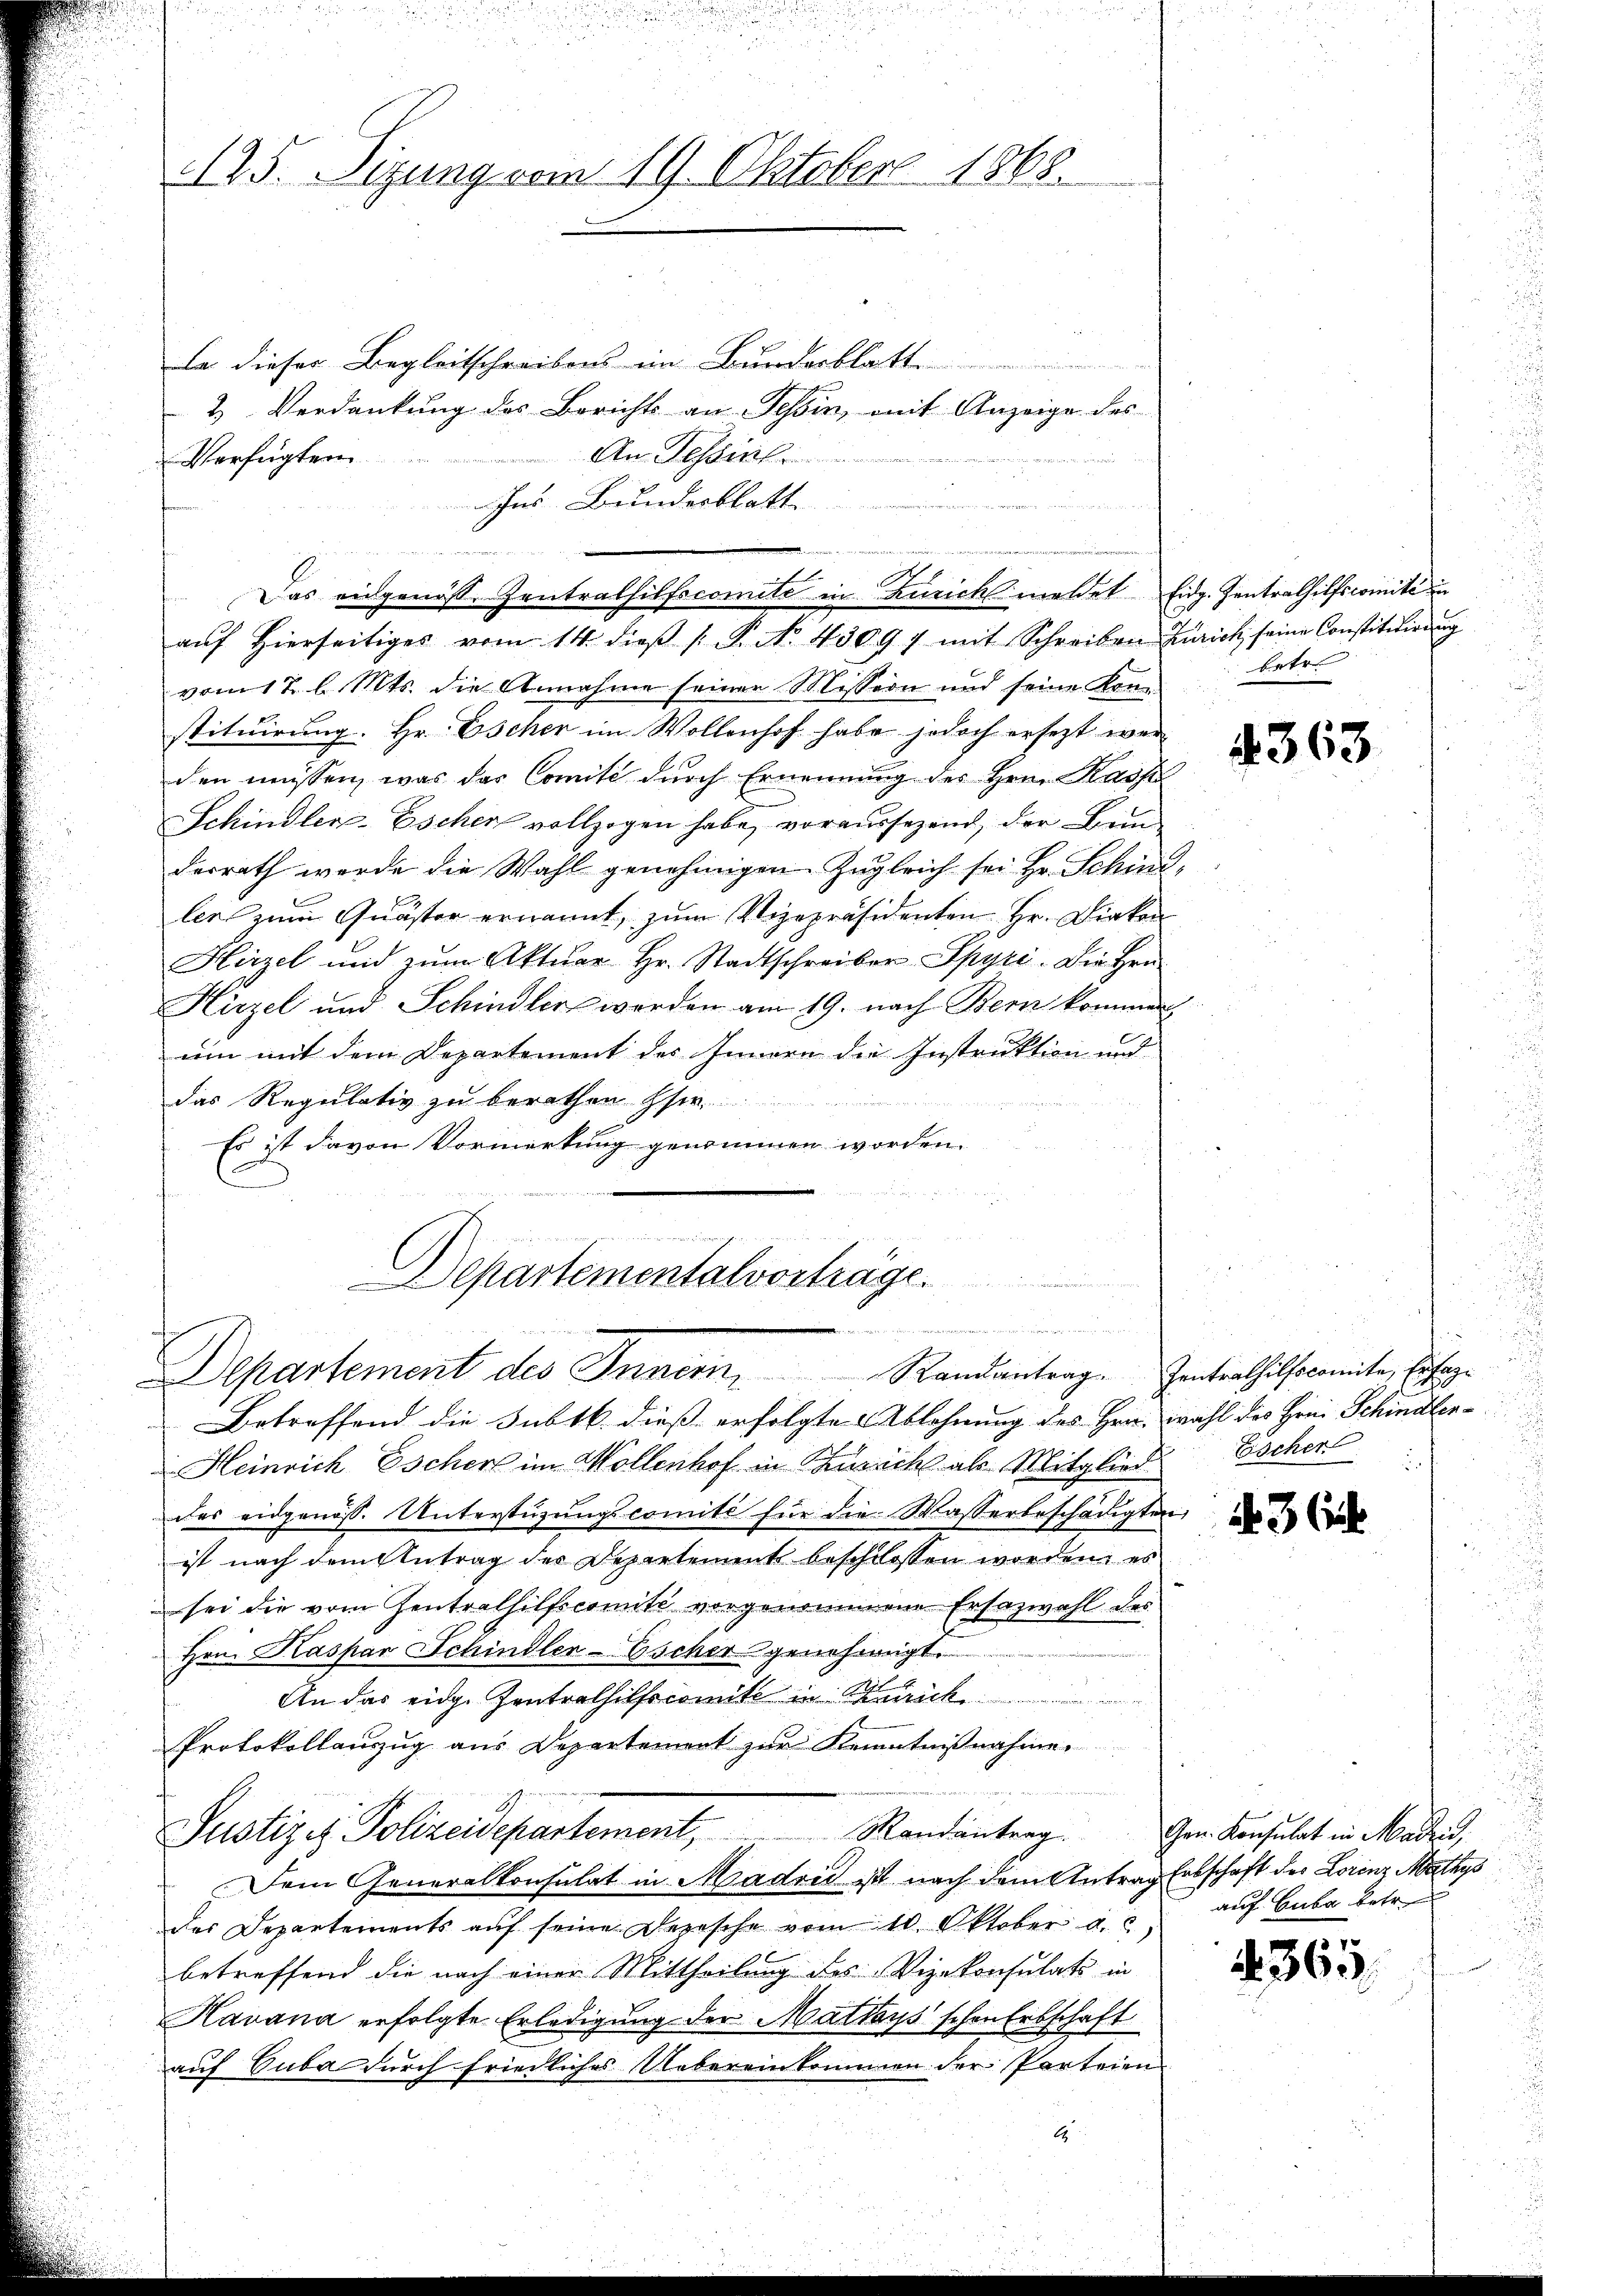
125. Sizung vom 19. Oktober 1868.

La dieser Begleitschreibens im Bundesblatt
2 Verdankung des Berichts an Tessin, mit Anzeige des
An Tessin
Verfügten
Ins Bundesblatt
vom 12 l. Mts. die Annahme seinen Mission und seine Konstituirung. Hr. Escher im Wollenhof habe jedoch ersezt wer
den müssen, was das Comité durch Ernennung des Hrn. Kasp
Schindler-Escher vollzogen habe, voraussezend, der Bunderrath werde die Wahl genehmigen Zugleich sei Hr. Schindlee zum Quästor ernannt, zum Vizepräsidenten Hr. Diakon
Hirzel und zŭm Aktuar Hr. Stadtschreiber Spyri. Die Hrn.
Hirzel und Schindler werden am 19. nach Bern kommen
um mit dem Departement des Innern die Instruktion und
das Regulativ zu berathen Her
Es ist davon Vormerkung genommen worden.
Cartementalvorträge.
aunermeidenden
Departement des Innern. Randantrag. Gantrathilfscomite, Ehege
Betreffend die Subtk dieß erfolgte Ablehnung des Hrn. Wahl des Frei Schindlen¬
Heinrich Escher im Wollenhof in Zweck als Mitglied
des eidgenöss. Unterstüzungscomité für die Wasserbeschädigten,
ist nach dem Antrag der Departement beschlossen worden; es
sei die vom Zentralhilfscomite vorgenommene Ersazwahl des
Hrn. Kaspar Schindler-Escher genehmigt.
An das eige Zentrathilfscomite in Zürich
Protokollauszug aus Departement zur Kenntnißnahme
Randantrag.
Justiz - Polizeidepartement,
Dem Generalkonsulat in Madrid ist nach dem Antrag Erbschaft des Lorenz Mathys
der Departements aŭf seine Depesche vom 10. Oktober a. c.
betreffend die nach einer Mittheilung des Vizekonsulats in
Havana erfolgte Erledigung der Mattays'schen Erbschaft
auf Suba durch friedliches Uebereinkommen der Parteien
1

Das eidgenösse Zentralhilfscomite in Zürich meldet. Eidg. Zentrathilfscomite in

aŭf hierseitiges vom 14. dieβ (: P. No. 43097 mit Schreiben Zürich seine Constitŭirŭng

kirten

4363

Escher

3

Gen. Konsulat in Madrid,
auf Cuba betr.

4365.